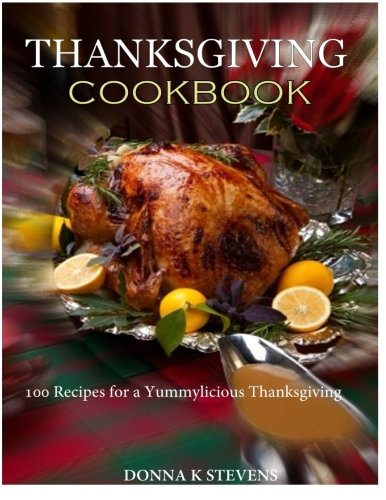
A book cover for THANKSGIVING COOKBOOK  100 Recipes for a Yummylicious Thanksgiving; Donna K Stevens; Cookbooks, Food & Wine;